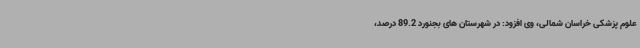
علوم پزشکی خراسان شمالی، وی افزود: در شهرستان های بجنورد 89.2 درصد،